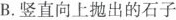
B.竖直向上抛出的石子